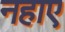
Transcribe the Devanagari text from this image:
नहाए